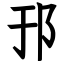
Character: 邘